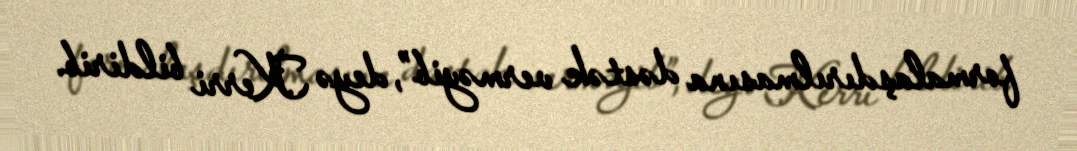
formalaşdırılmasına dəstək verməyib”, deyə Kerri bildirib.